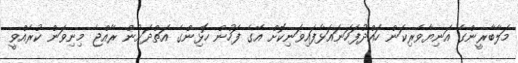
މަލާބާރީންގެ އަނިޔާވެރިކަން ހައްދުފަހަނައަޅާފައިވަނިކޮށް އޭގެ ފަހުން ހޮޅިންގެ އަތްދަށުން ރާއްޖެ މިނިވަން ކުރެއްވީ